Indian journal of veterinary science and animal husbandry - Volume 13,
Year: 1943
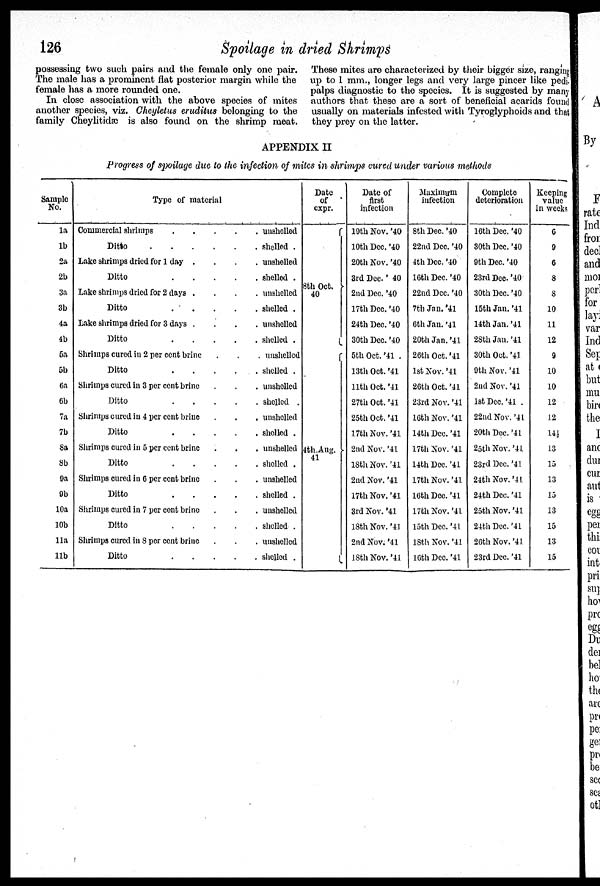
126
Spoilage in dried Shrimps
possessing two such pairs and the female only one pair.
The male has a prominent flat posterior margin while the
female has a more rounded one.
In close association with the above species of mites
another species, viz. Cheyletus eruditus belonging to the
family Cheylitidæ is also found on the shrimp meat.
These mites are characterized by their bigger size, ranging
up to 1 mm., longer legs and very large pincer like pedi-
palps diagnostic to the species. It is suggested by many
authors that these are a sort of beneficial acarids found
usually on materials infested with Tyroglyphoids and that
they prey on the latter.
APPENDIX II
Progress of spoilage due to the infection of mites in shrimps cured under various methods
Sample
No.
1a
1b
2a
2b
3a
3b
4a
4b
5a
5b
6a
6b
7a
7b
8a
8b
9a
9b
10a
10b
11a
11b
Type of material
Commercial shrimps . . . . .
Ditto . . . . . . .
Lake shrimps dried for 1 day . . . .
Ditto . . . . .
Lake shrimps dried for 2 days . . . .
Ditto . . . . .
Lake shrimps dried for 3 days . . . .
Ditto . . . . .
Shrimps cured in 2 per cent brine . . .
Ditto . . . . .
Shrimps cured in 3 per cent brine . . .
Ditto . . . . .
Shrimps cured in 4 per cent brine . . .
Ditto . . . . .
Shrimps cured in 5 per cent brine . . .
Ditto . . . . .
Shrimps cured in 6 per cent brine . . .
Ditto . . . . .
Shrimps cured in 7 per cent brine . . .
Ditto . . . . .
Shrimps cured in 8 per cent brine . . .
Ditto . . . . .
unshelled
shelled .
unshelled
shelled .
unshelled
shelled .
unshelled
shelled .
unshelled
shelled .
unshelled
shelled .
unshelled
shelled .
unshelled
shelled .
unshelled
shelled
unshelled
shelled .
unshelled
shelled .
Date
of
expr.
8th Oct. }
40
4th Aug.}
41
Date of
first
infection
19th Nov.'40
10th Dec.'40
20th Nov.'40
3rd Dec.'40
2nd Dec.'40
17th Dec.'40
24th Dec.'40
30th Dec.'40
5th Oct.'41
13th Oct.'41
11th Oct.'41
27th Oct.'41
25th Oct.'41
17th Nov.'41
2nd Nov.'41
18th Nov.'41
2nd Nov.'41
17th Nov.'41
3rd Nov.'41
18th Nov.'41
2nd Nov.'41
18th Nov.'41
Maximum
infection
8th Dec.'40
22nd Dec.'40
4th Dec.'40
16th Dec.'40
22nd Dec.'40
7th Jan.'41
6th Jan.'41
20th Jan.'41
26th Oct.'41
1st Nov.'41
26th Oct.'41
23rd Nov.'41
16th Nov.'41
14th Dec.'41
17th Nov.'41
14th Dec.'41
17th Nov.'41
16th Dec.'41
17th Nov.'41
15th Dec.'41
18th Nov.'41
16th Dec.'41
Complete
deterioration
16th Dec.'40
30th Dec.'40
9th Dec.'40
23rd Dec.'40
30th Dec.'40
15th Jan.'41
14th Jan.'41
28th Jan.'41
30th Oct.'41
9th Nov.'41
2nd Nov.'41
1st Dec.'41
22nd Nov.'41
20th Dec.'41
25th Nov.'41
23rd Dec.'41
24th Nov.'41
24th Dec.'41
25th Nov.'41
24th Dec.'41
26th Nov.'41
23rd Dec.'41
Keeping
value
in weeks
6
9
6
8
8
10
11
12
9
10
10
12
12
141
13
15
13
15
13
15
13
15